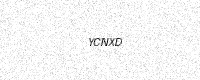
Text: YCNXD